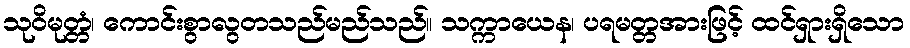
သုဝိမုတ္တံ၊ ကောင်းစွာလွတသည်မည်သည်။ သက္ကာယေန၊ ပရမတ္တအားဖြင့် ထင်ရှားရှိသော